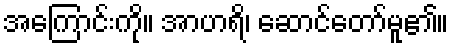
အကြောင်းကို။ အာဟရိ၊ ဆောင်တော်မူ၏။